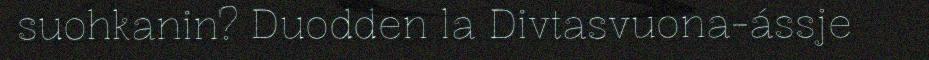
suohkanin? Duodden la Divtasvuona-ássje